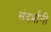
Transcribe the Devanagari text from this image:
संदर्भांनी